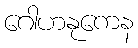
ဂေါဟနုကေန